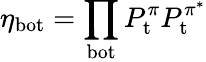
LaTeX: \eta_{\mathrm{bot}}=\prod_{\mathrm{bot}}P_{\mathrm{t}}^{\pi}P_{\mathrm{t}}^{\pi^{*}}